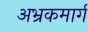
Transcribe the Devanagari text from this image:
अभ्रकमार्ग